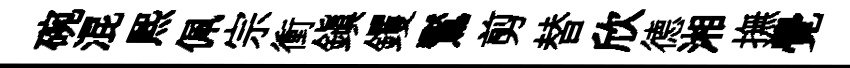
碗混熙佩宗衝鎮钁鸑剪替欣德湘撫覺